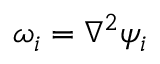
\omega _ { i } = \nabla ^ { 2 } \psi _ { i }